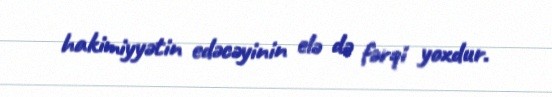
hakimiyyətin edəcəyinin elə də fərqi yoxdur.